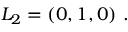
L _ { 2 } = ( 0 , 1 , 0 ) \ .